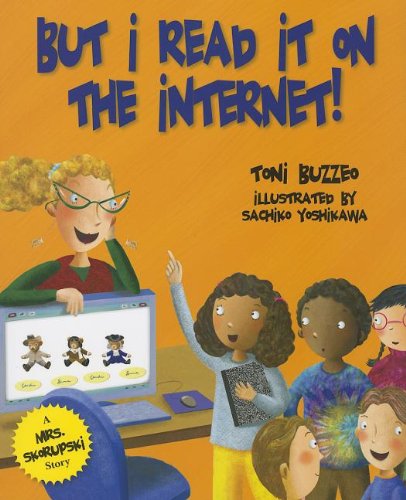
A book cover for But I Read It on the Internet! (Mrs. Skorupski Story); Toni Buzzeo; Children's Books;